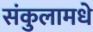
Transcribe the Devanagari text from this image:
संकुलामधे